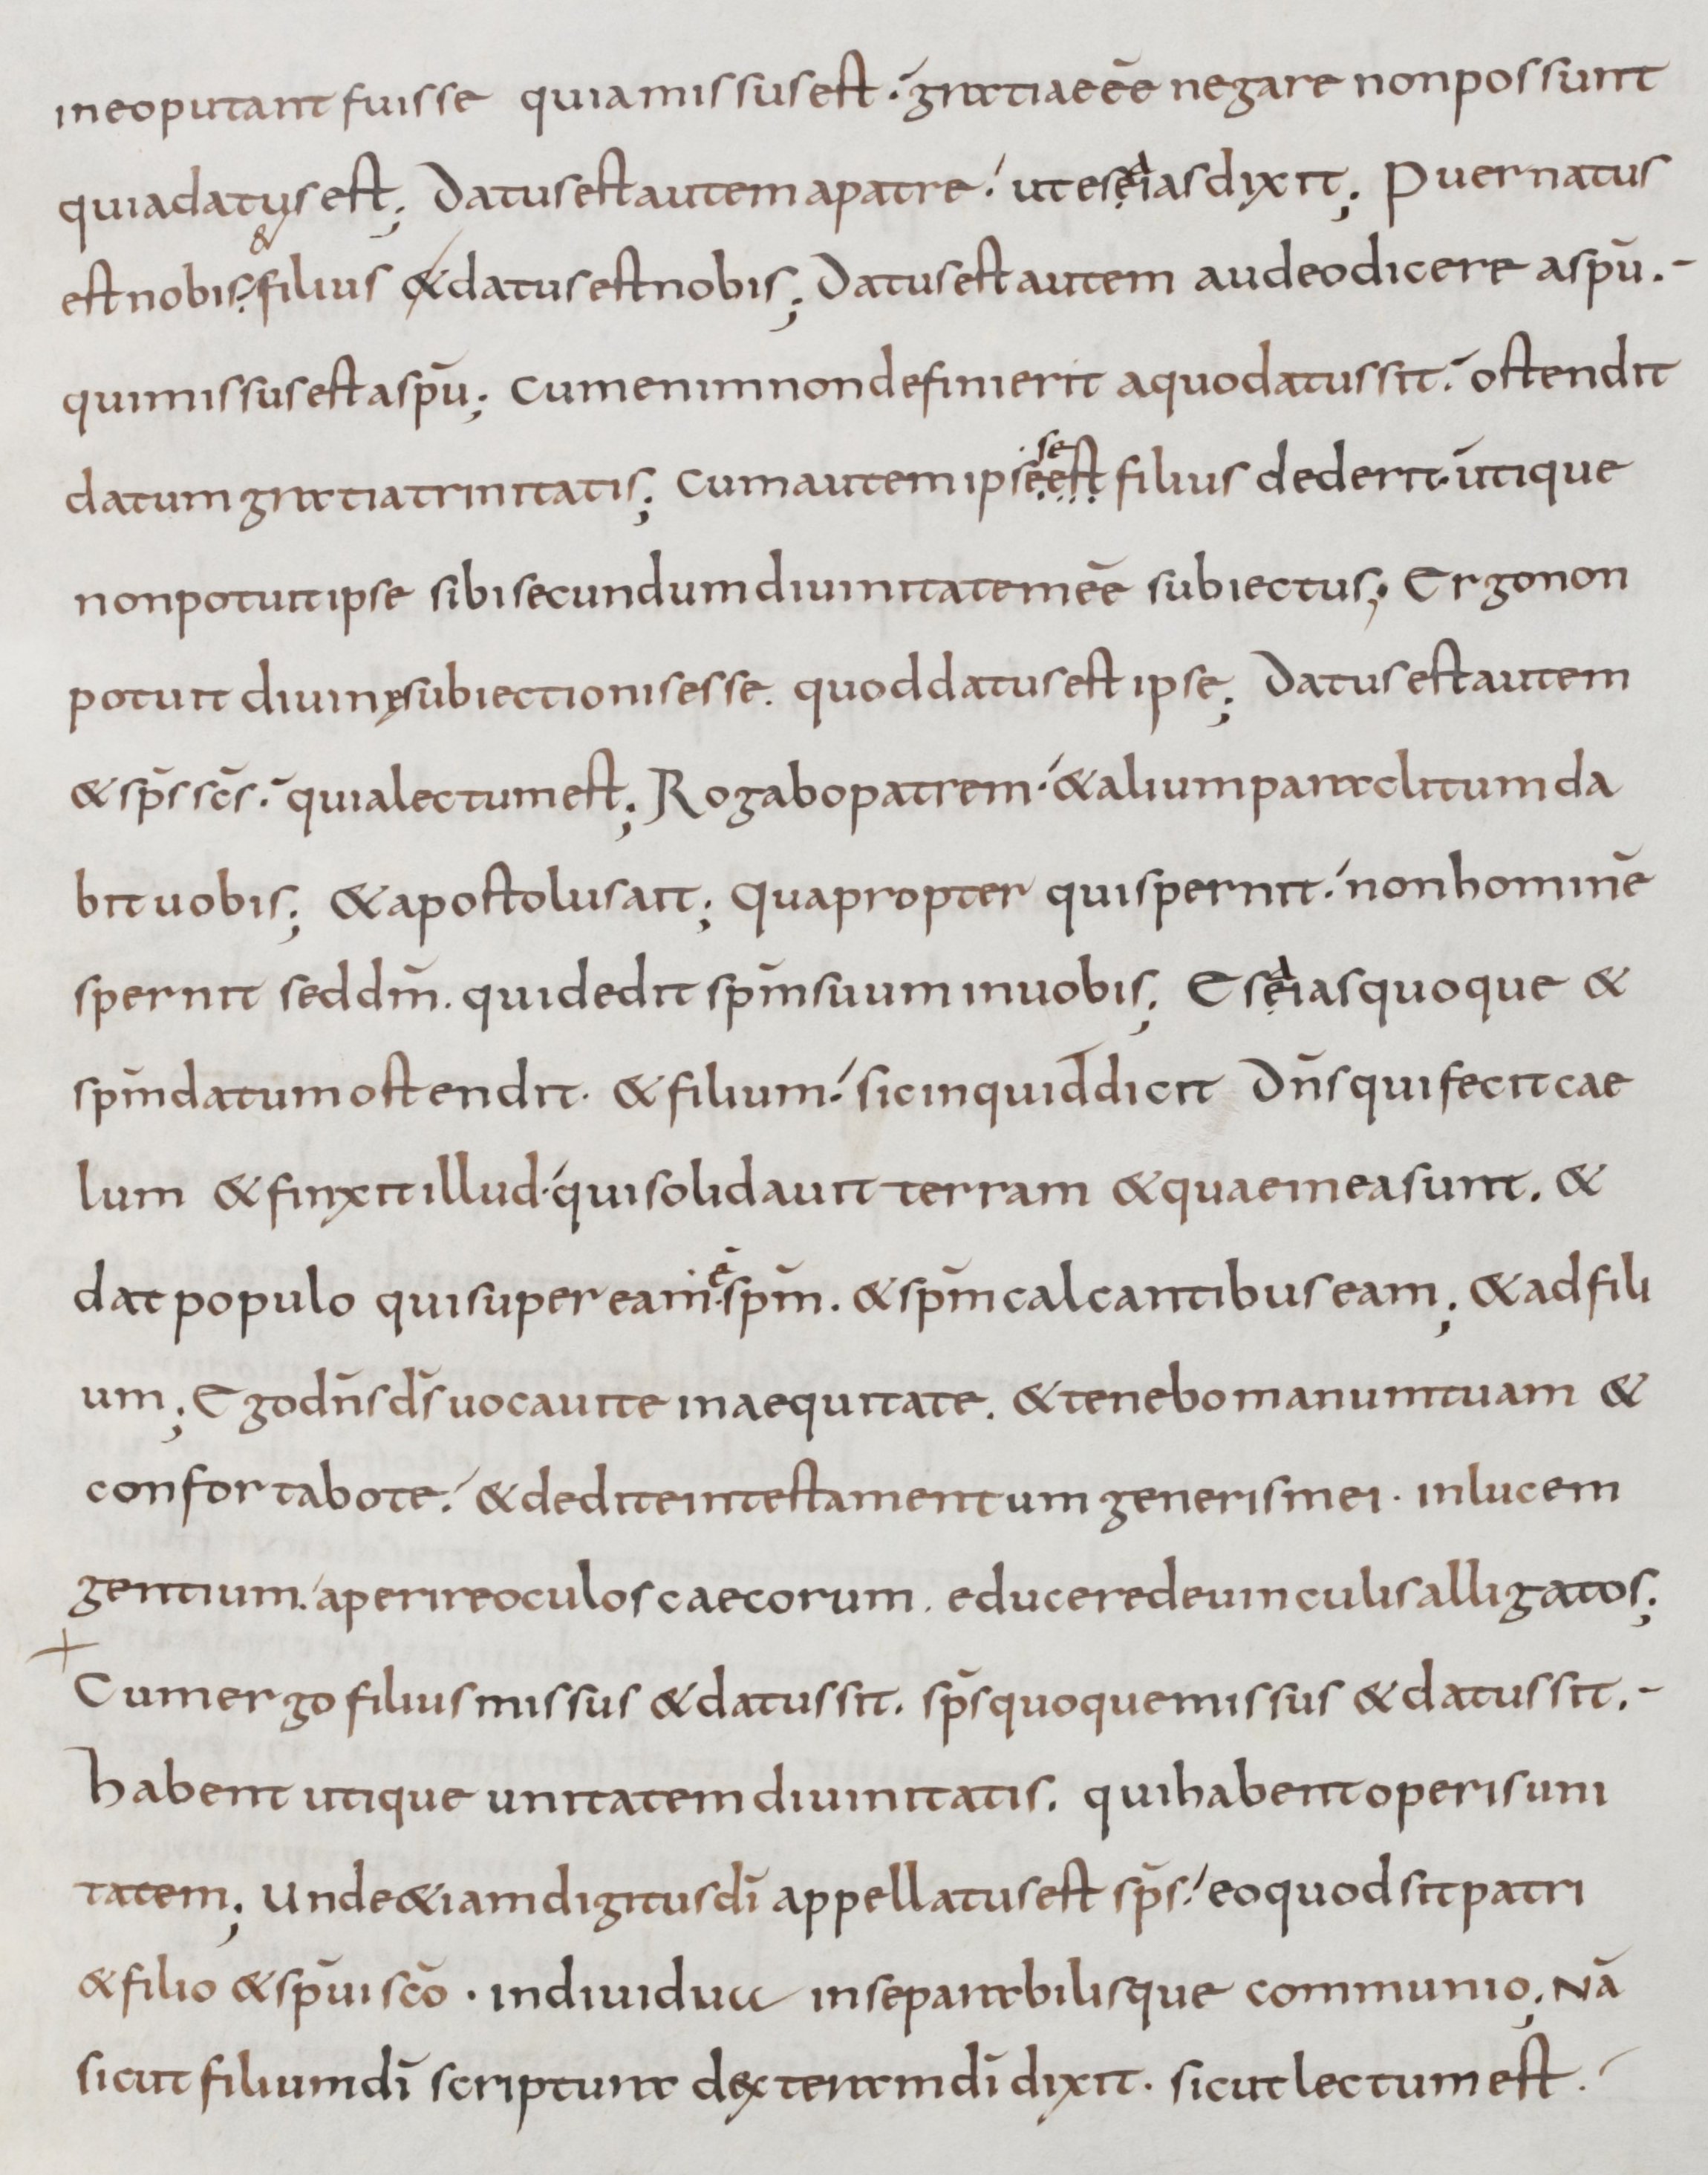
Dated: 800–899